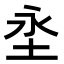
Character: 𭯼